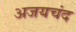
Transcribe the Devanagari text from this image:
अजयचंद